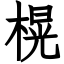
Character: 榥